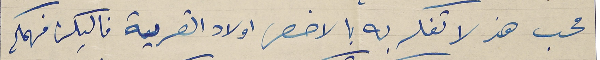
محب هذ لا تفكر به بالاخص اولاد القرية فاليكن فهمكم